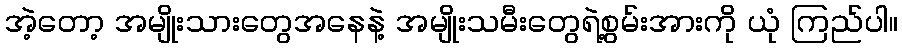
အဲ့တော့ အမျိုးသားတွေအနေနဲ့ အမျိုးသမီးတွေရဲ့စွမ်းအားကို ယုံ ကြည်ပါ။